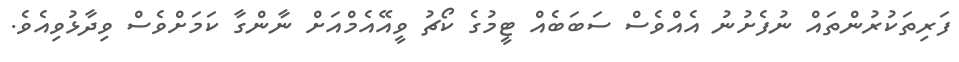
ފަރިތަކުރުންތައް ނުފެށުނު އެއްވެސް ސަބަބެއް ޓީމުގެ ކޯޗު ވީއޭއެމްއަށް ނާންގާ ކަމަށްވެސް ވިދާޅުވިއެވެ.